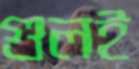
গুলই